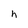
Character: h